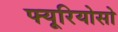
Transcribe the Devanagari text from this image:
फ्यूरियोसो